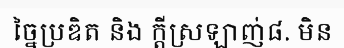
ច្នៃប្រឌិត និង ក្តីស្រឡាញ់៨. មិន